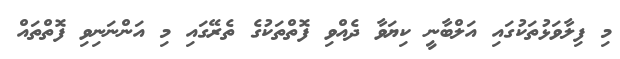
މި ފިލާވަޅުތަކުގައި އަލްބާނީ ކިޔަވާ ދެއްވި ފޮތްތަކުގެ ތެރޭގައި މި އަންނަނިވި ފޮތްތައް